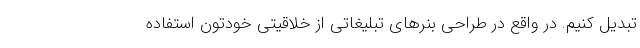
تبدیل کنیم. در واقع در طراحی بنرهای تبلیغاتی از خلاقیتی خودتون استفاده